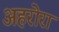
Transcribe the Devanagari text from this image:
अहरोरा